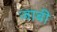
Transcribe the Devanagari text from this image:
जाबी